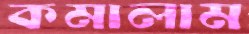
কমালাম